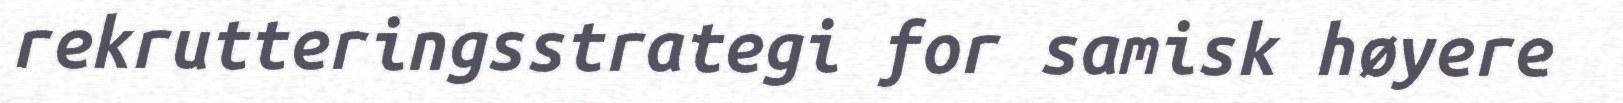
rekrutteringsstrategi for samisk høyere